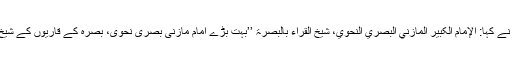
امام ذہبی نے کہا: الإمام الکبیر المازني البصري النحوي، شیخ القراء بالبصرۃ ’’بہت بڑے امام مازنی بصری نحوی، بصرہ کے قاریوں کے شیخ‘‘ [3] 2۔